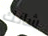
شانك